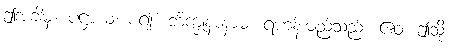
ဤအခါမှ။ ပဋ္ဌာယ၊ စ၍။ ဘိက္ခုနာနာမ၊ ရဟန်းမည်သည်။ ဧဝံ၊ ဤသို့။